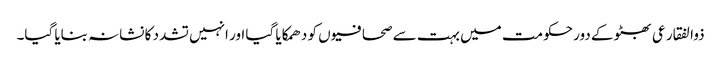
ذوالفقار عی بھٹو کے دور حکومت میں بہت سے صحافیو ں کو دھمکایا گیا اور انہیں تشدد کا نشانہ بنایا گیا۔